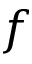
f